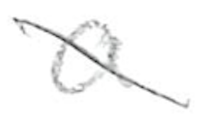
Text: a
Cross-out: diagonal
Writing tool: pencil